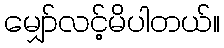
မျှော်လင့်မိပါတယ်။